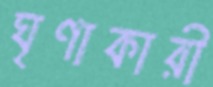
ঘৃণাকারী